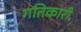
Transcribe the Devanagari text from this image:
गतिकारी